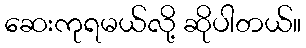
ဆေးကုရမယ်လို့ ဆိုပါတယ်။